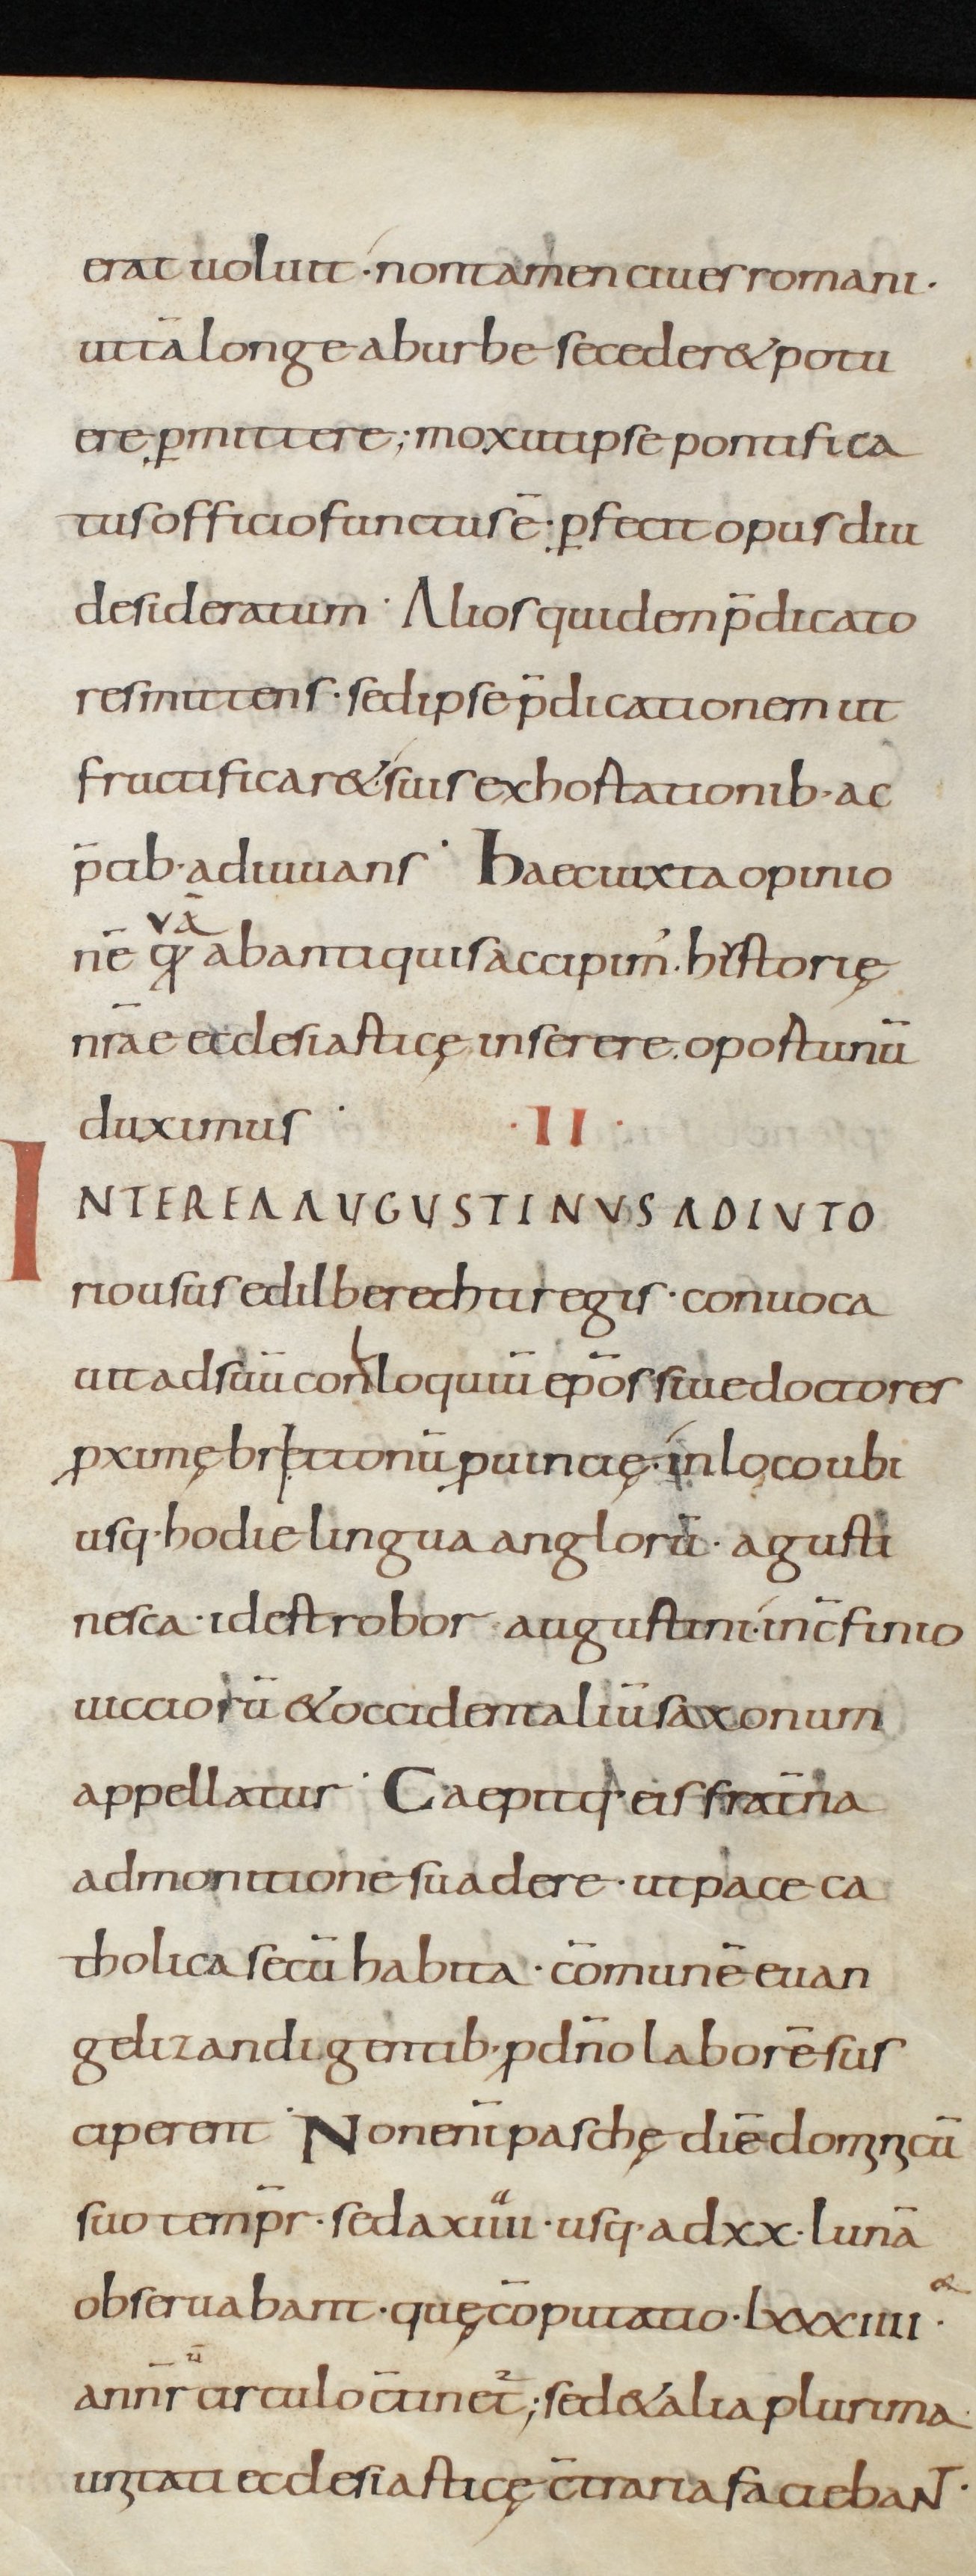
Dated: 800–899